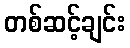
တစ်ဆင့်ချင်း